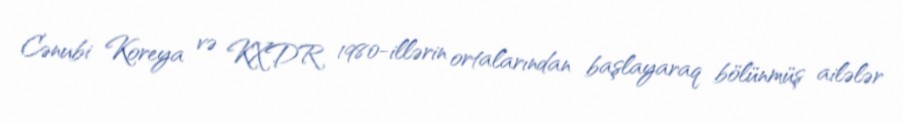
Cənubi Koreya və KXDR 1980-illərin ortalarından başlayaraq bölünmüş ailələr